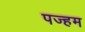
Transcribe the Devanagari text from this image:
पज्हम